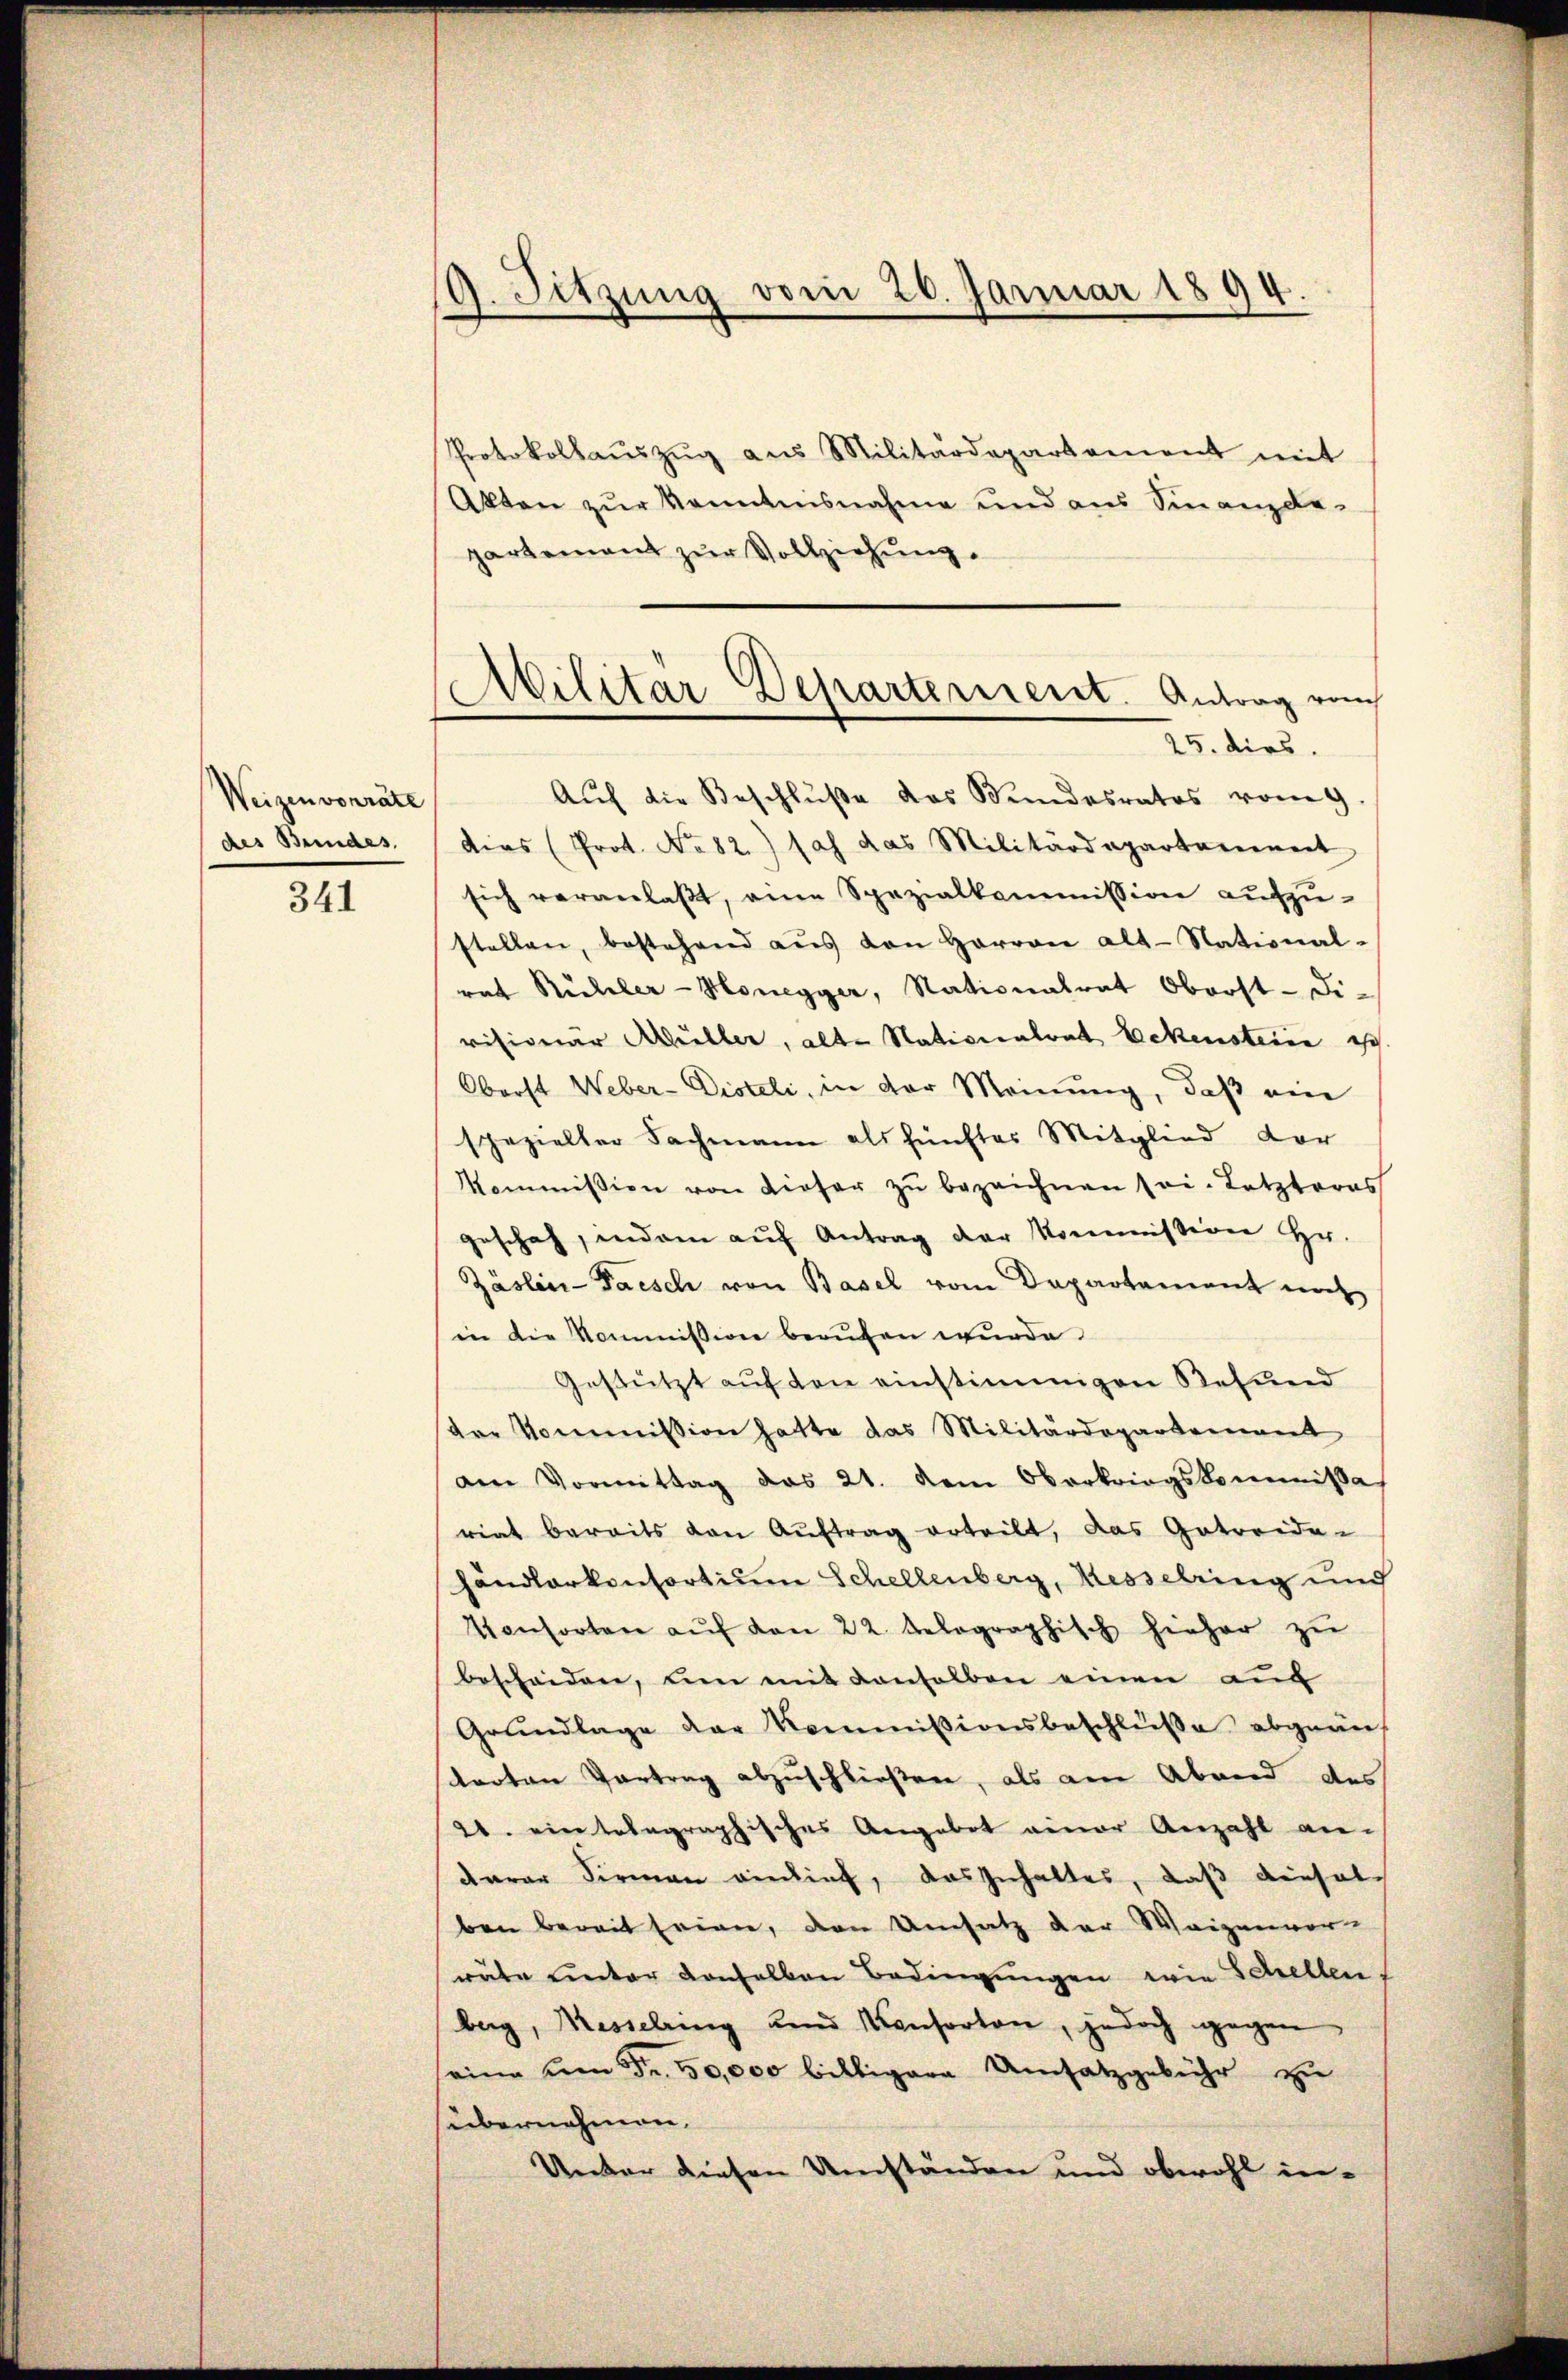
Weizen vorräte
des Bundes,

341

9. Sitzŭng vom 26. Januar 1894.

Protokollaŭszŭg aŭs Militärdepartament mit
Akten zur Kenntnisnahme und aus Sinanzdepartement zur Vollziehung.
Aŭf die Beschlŭβe das Bundesrates vom 9.
dies (Prot. No. 82.) sah das Militärdepartanement
sich veranlaßt, eine Spezialkommission aufzu-
stellen, bestehend aŭs den Herren alt-National-
rat Mühler-Honegger, Nationalrat Oberst-Divisionar Müller, alte Nationalrat Eckensteine ich
Oberst Weber-Disteli, in der Meinung, daß ein
spezieller Fachmann als fünftes Mitglied der
Kommission von dieser zŭ bezeichnen sei. Letzteres
geschah, indem aŭf Antrag der Kommission Hr.
Zäslin-Parsch von Basel vom Departement noch
in die Kommission berufen wurde
Gestützt auf den einstimmigen Refund
der Kommission hatte das Militärdepartement
am Vormittag des 21. dem Oberkriegskommißa
riat bereits von Auftrag erteilt, das Getreide-
händlarkonsortium Schellenberg, Kesselring und
Vonsorten aŭf den 22. Aelographisch hieher zu
bescheiden, um mit denselben einen auf
Grundlage der Kommißionsbeschlüße abgeän
torten Vortrag abzuschließen, als am Abend des
21. ein telegraphisches Angebot einer Anzahl an-
darer Firmann vieief, das zuhaltes, daß dieselben bereit seien, den Umsatz der Waizenver-
räte unter denselben Bedingungen wie Schellen.
berg, Messelring und Konsorten, jedoch gegen
eine um Fr. 50,000 billigere Umsatzgebühr zu
sübernehmen.
Unter diesen Umständen und obwohl in-

Militär Departement. Antrag von
25. dies